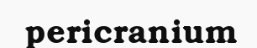
pericranium